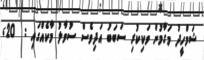
ޝަމްހީދު މަގާމުން ވަކިކުރި ސަބަބު އަދިވެސް ސުވާލު މާކެއްގައި :  20